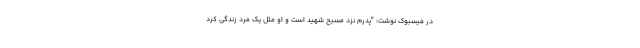
در فیسبوک نوشت: "پدرم نزد مسیح شهید است و او مثل یک مرد زندگی کرد